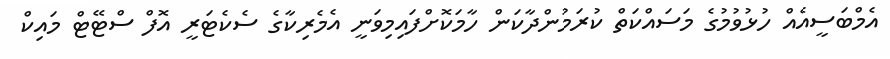
އެމްބަސީއެއް ހުޅުވުމުގެ މަސައްކަތް ކުރަމުންދާކަން ހާމަކޮށްފައިމިވަނީ އެމެރިކާގެ ސެކެޓަރީ އޮފް ސްޓޭޓް މައިކް